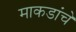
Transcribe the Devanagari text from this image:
माकडांचे